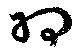
羽